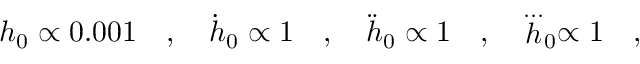
h _ { 0 } \propto 0 . 0 0 1 \quad , \quad \dot { h } _ { 0 } \propto 1 \quad , \quad \ddot { h } _ { 0 } \propto 1 \quad , \quad \stackrel { . . . } h _ { 0 } \propto 1 \quad ,